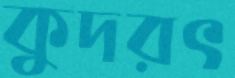
কুদরৎ